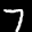
Label: 7